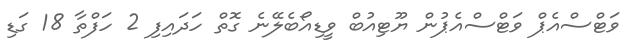
ވަޓްސްއެޕް ވަޓްސްއެޕުން ޔޫޓިއުބް ވީޑިއޯބެލޭނެ ގޮތް ހަދައިފި 2 ހަފްތާ 18 ގަޑި